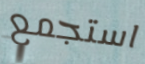
استجمع